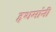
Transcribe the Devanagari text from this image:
हशमांनी